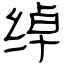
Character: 绰